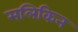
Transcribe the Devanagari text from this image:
मलिकिन